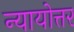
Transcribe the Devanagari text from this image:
न्यायोत्तर